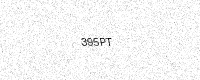
Text: 395PT